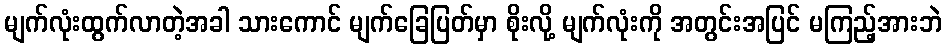
မျက်လုံးထွက်လာတဲ့အခါ သားကောင် မျက်ခြေပြတ်မှာ စိုးလို့ မျက်လုံးကို အတွင်းအပြင် မကြည့်အားဘဲ